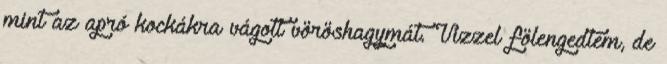
mint az apró kockákra vágott vöröshagymát. Vízzel fölengedtem, de